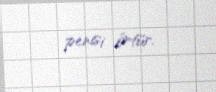
penisi örtür.